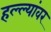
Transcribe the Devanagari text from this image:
हल्ल्यांवर